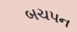
બચપન